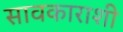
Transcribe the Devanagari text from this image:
सावकाराशी